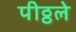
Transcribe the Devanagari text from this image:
पीठ्ठले